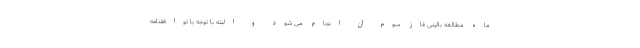
ماه مطالعه بالینی فاز سوم آن انجام می شود و البته با توجه با توافقنامه